Indian journal of veterinary science and animal husbandry - Volume 2,
Year: 1932
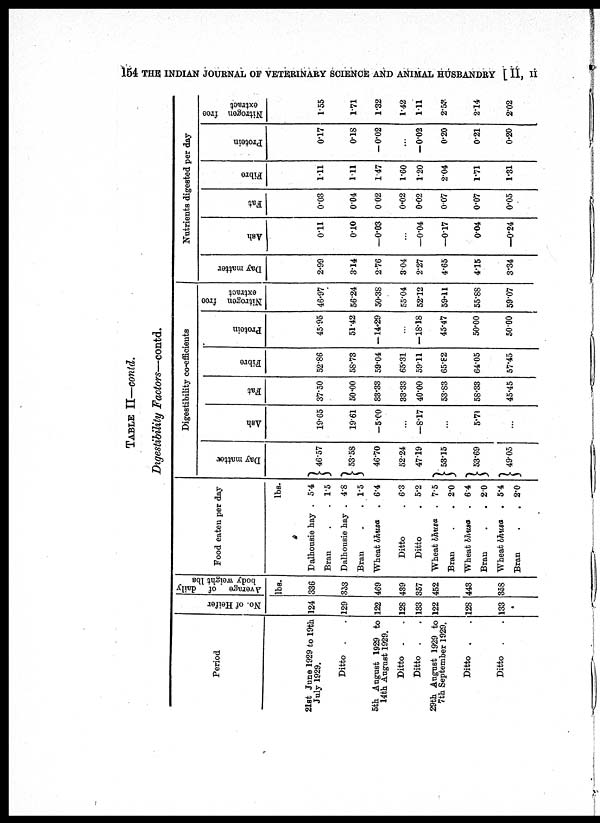
154 THE INDIAN JOURNAL OF VETERINARY SCIENCE AND ANIMAL HUSBANDRY [ II, II
TABLE II—contd.
Digestibility Factors—contd.
Period
21st June 1929 to 19th
July 1929.
Ditto . .
5th August 1929 to
14th August 1929.
Ditto . .
Ditto . .
29th August 1929 to
7th September 1929.
Ditto . .
Ditto . .
No. of Heifer
124
129
122
128
133
122
128
133
Average of daily
body weight lbs
lbs.
336
353
469
439
357
452
443
358
Food eaten per day
Dalhousie hay .
Bran . .
Dalhousie hay .
Bran . .
Wheat bhusa .
Ditto .
Ditto .
Wheat bhusa .
Bran . .
Wheat bhusa .
Bran . .
Wheat bhusa .
Bran
.
.
lbs.
5.4
1.5
4.8
1.5
6.4
6.3
5.2
7.5
2.0
6.4
2.0
5.4
2.0
Digestibility co.efficients
Day matter
} 46.57
} 53.58
46.70
52.24
47.19
} 53.15
} 53.69
} 49.05
Ash
19.65
19.61
—5.00
...
—8.17
...
5.71
...
Fat
37.50
50.00
33.33
33.33
40.00
53.83
58.33
45.45
Fibre
52.86
58.73
59.04
65.31
59.11
65.82
64.05
57.45
Protein
45.95
51.42
—14.29
...
—18.18
45.47
50.00
50.00
Nitrogen free
extract
46.97
56.24
50.38
55.04
52.12
59.11
55.88
59.07
Day matter
2.99
3.14
2.76
3.04
2.27
4.65
4.15
3.34
Nutrients digested per day
Ash
0.11
0.10
—0.03
...
—0.04
—0.17
0.04
—0.24
Fat
0.03
0.04
0.02
0.02
0.02
0.07
0.07
0.05
Fibre
1.11
1.11
1.47
1.60
1.20
2.04
1.71
1.31
Protein
0.17
0.18
—0.02
...
—0.02
0.20
0.21
0.20
Nitrogen free
extract
1.55
1.71
1.32
1.42
1.11
2.53
2.14
2.02